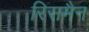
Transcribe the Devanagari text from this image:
रिसमैन